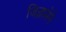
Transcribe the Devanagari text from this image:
जिज्ञासेने